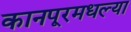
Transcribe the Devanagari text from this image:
कानपूरमधल्या